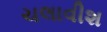
ચલાવીશ